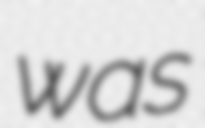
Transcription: was